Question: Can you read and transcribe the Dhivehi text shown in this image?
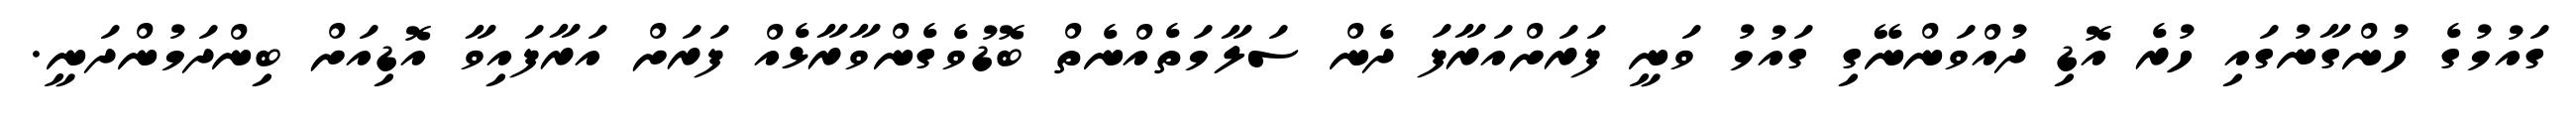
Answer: ގައުމުގެ ހުންގާނުގައި ހުރެ އޮޑި ދުއްވަންނޭގި ގައުމު ވަނީ ފަރަށްއަރާފަ ދެން ސަލާމަތެއްނެތް ބޮޑުވެގެންވާރާޅެއް ފަރަށް އަރާފައިވާ އޮޑިއަށް ބިންދަމުންދަނީ.